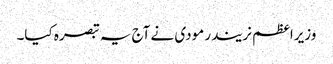
وزیراعظم نریندر مودی نے آج یہ تبصرہ کیا۔